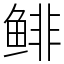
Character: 鲱